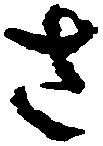
さ